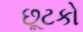
છૂટકો